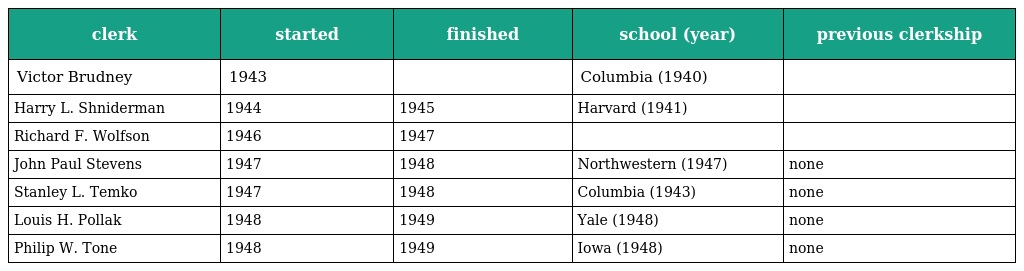
| clerk | started | finished | school (year) | previous clerkship |
 | --- | --- | --- | --- | --- |
 | Victor Brudney | 1943 |  | Columbia (1940) |  |
 | Harry L. Shniderman | 1944 | 1945 | Harvard (1941) |  |
 | Richard F. Wolfson | 1946 | 1947 |  |  |
 | John Paul Stevens | 1947 | 1948 | Northwestern (1947) | none |
 | Stanley L. Temko | 1947 | 1948 | Columbia (1943) | none |
 | Louis H. Pollak | 1948 | 1949 | Yale (1948) | none |
 | Philip W. Tone | 1948 | 1949 | Iowa (1948) | none |